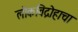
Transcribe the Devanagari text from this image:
लोकविद्रोहाचा